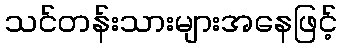
သင်တန်းသားများအနေဖြင့်